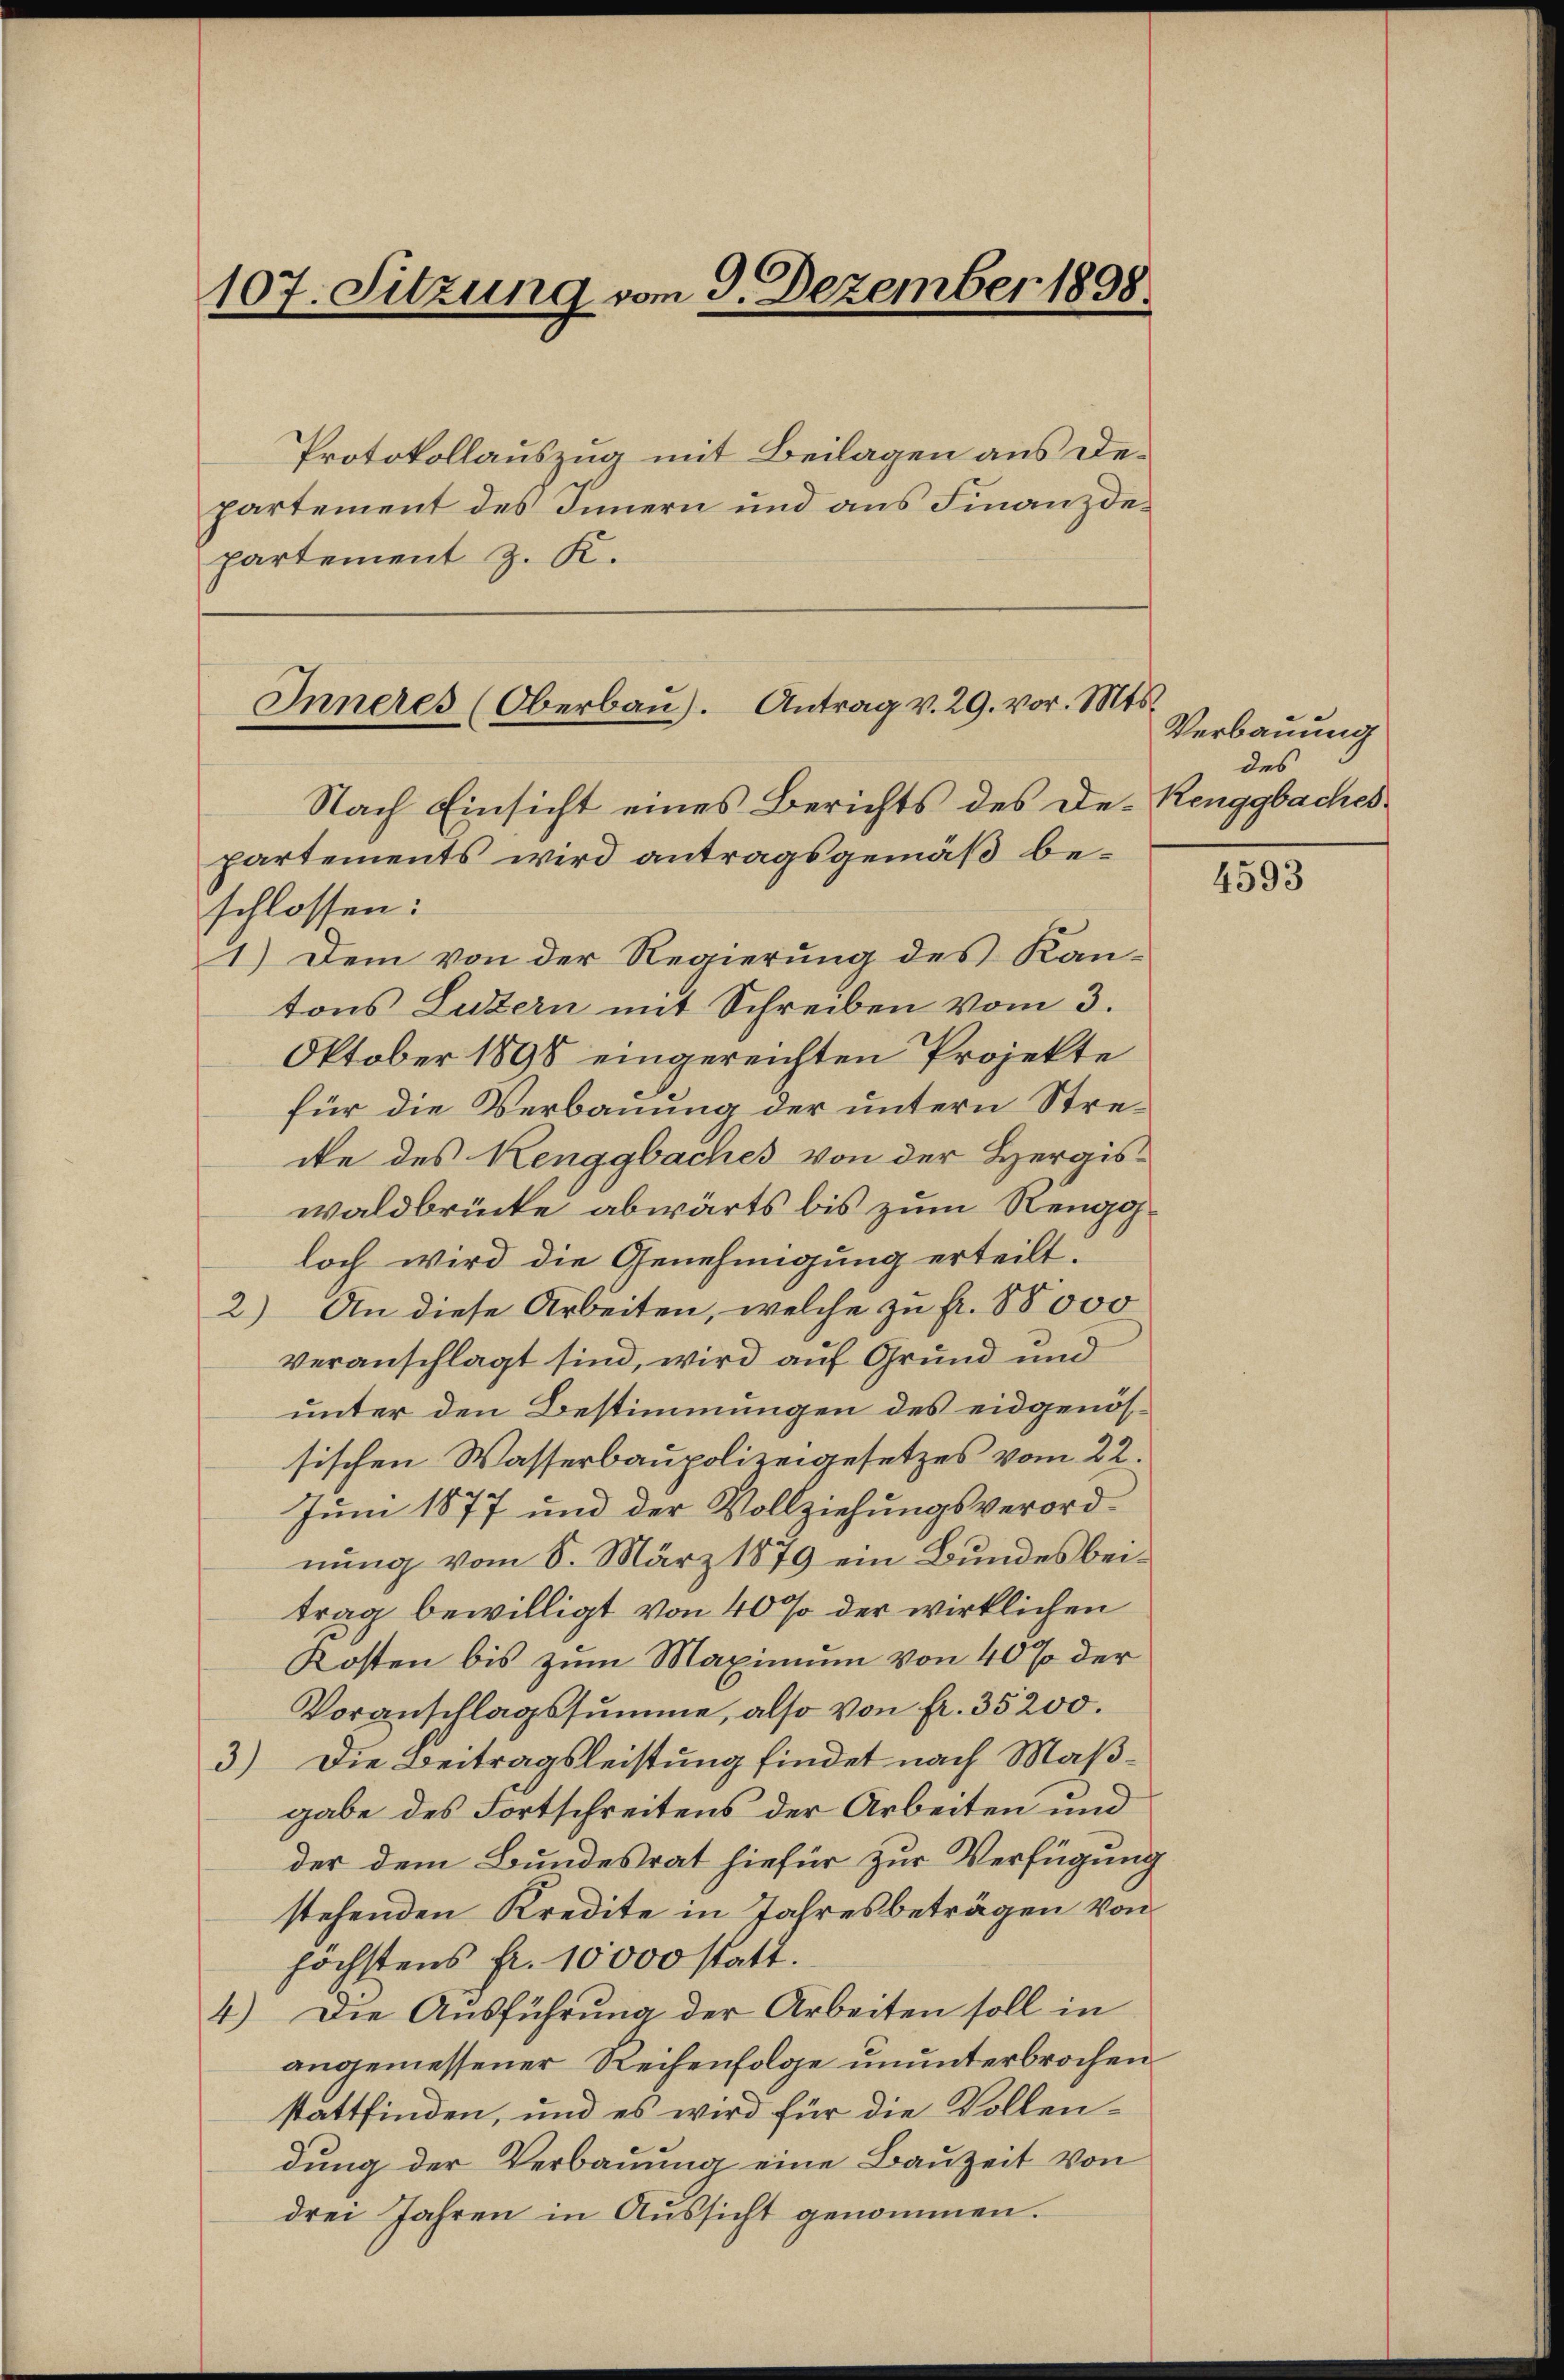
Protokollauszug mit Beilagen aus Departement des Innern und aus Finanzdepartement z. K.

107. Sitzung vom 9. Dezember 1898

Inneres (Oberbaŭ). Antrag v. 29. vor. Mts.

Nach Einsicht eines Berichts des De-Renggbaches
partements wird antragsgemäß beschlossen:
1.) Dem von der Regierung des Kan-
tons Luzern mit Schreiben vom 3.
Oktober 1898 eingereichten Projekte
für die Verbauung der untern Strecte des Renggbaches von der Hergiswaldbrücke abwärts bis zum Renggloch wird die Genehmigung erteilt.
2) An diese Arbeiten, welche zu fr. 88000
veranschlagt sind, wird auf Grund und
unter den Bestimmungen des eidgenössischen Wasserbaupolizeigesetzes vom 22.
Juni 1877 und der Vollziehungsverordnung vom 8. März 1879 ein Bundes beitrag bewilligt von 40% der wirklichen
Kosten bis zum Maximum von 40% der
Voranschlagssumme, also von fr. 35200.
3) Die Beitragsleistung findet nach Maßgabe des Fortschreitens der Arbeiten und
der dem Bundesrat hiefür zur Verfügung
stehenden Kredite in Jahresbeträgen von
höchstens fr. 10000 statt.
4) Die Ausführung der Arbeiten soll in
angemessener Rechenfolge ununterbrochen
stattfinden, und es wird für die Vollendung der Verbauung eine Bauzeit von
drei Jahren in Aussicht genommen.

Verbauung
des

4593